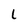
Character: L